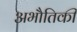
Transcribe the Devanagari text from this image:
अभौतिकी